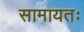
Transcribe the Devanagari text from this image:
सामायतः